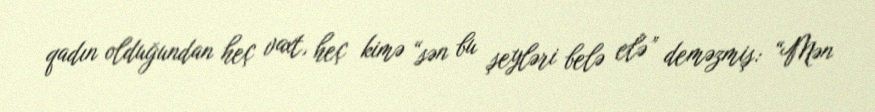
qadın olduğundan heç vaxt, heç kimə “sən bu şeyləri belə elə” deməzmiş: “Mən